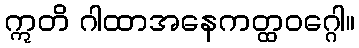
ဣတိ ဂါထာအနေကတ္ထဝဂ္ဂေါ။